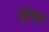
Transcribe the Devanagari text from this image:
ग्रूपणे